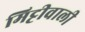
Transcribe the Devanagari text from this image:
मिट्टीवाली